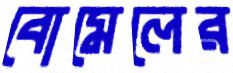
বোমেলের